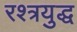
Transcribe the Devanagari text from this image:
रश्त्रयुद्ध